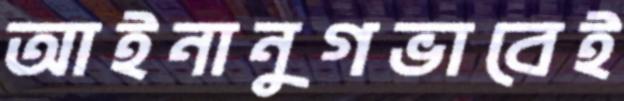
আইনানুগভাবেই